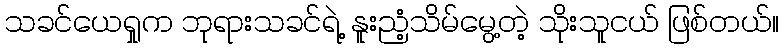
သခင်ယေရှုက ဘုရားသခင်ရဲ့ နူးညံ့သိမ်မွေ့တဲ့ သိုးသူငယ် ဖြစ်တယ်။